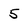
Character: 5